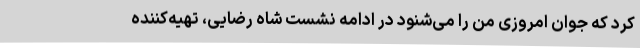
کرد که جوان امروزی من را می‌شنود در ادامه نشست شاه رضایی، تهیه‌کننده